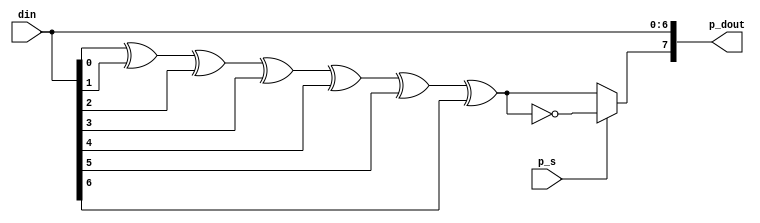
module p_generator(p_s,din,p_dout);
    input p_s;
    input [6:0]din;
    reg p_b;
    output [7:0]p_dout; //
    always @(*)
    begin
        if(~p_s)
        begin
            p_b<=(din[0]^din[1]^din[2]^din[3]^din[4]^din[5]^din[6]);//even parity generator
        end
        else
        begin
            p_b<=(~(din[0]^din[1]^din[2]^din[3]^din[4]^din[5]^din[6]));//odd parity generator
        end
    end
    assign p_dout={p_b,din};
endmodule